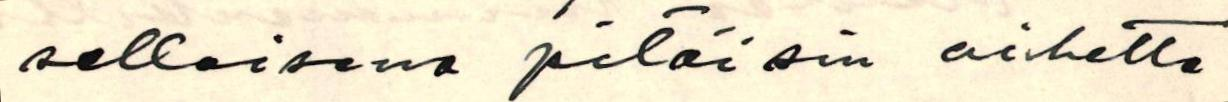
sellaisena pitäisin aihetta